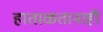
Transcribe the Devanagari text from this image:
हाताळतानाही